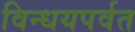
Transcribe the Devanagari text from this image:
विन्धयपर्वत